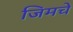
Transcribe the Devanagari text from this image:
जिमचे